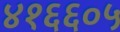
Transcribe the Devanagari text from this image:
४१६६०५